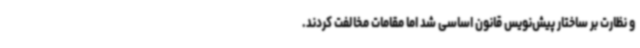
و نظارت بر ساختار پیش‌نویس قانون اساسی شد اما مقامات مخالفت کردند.